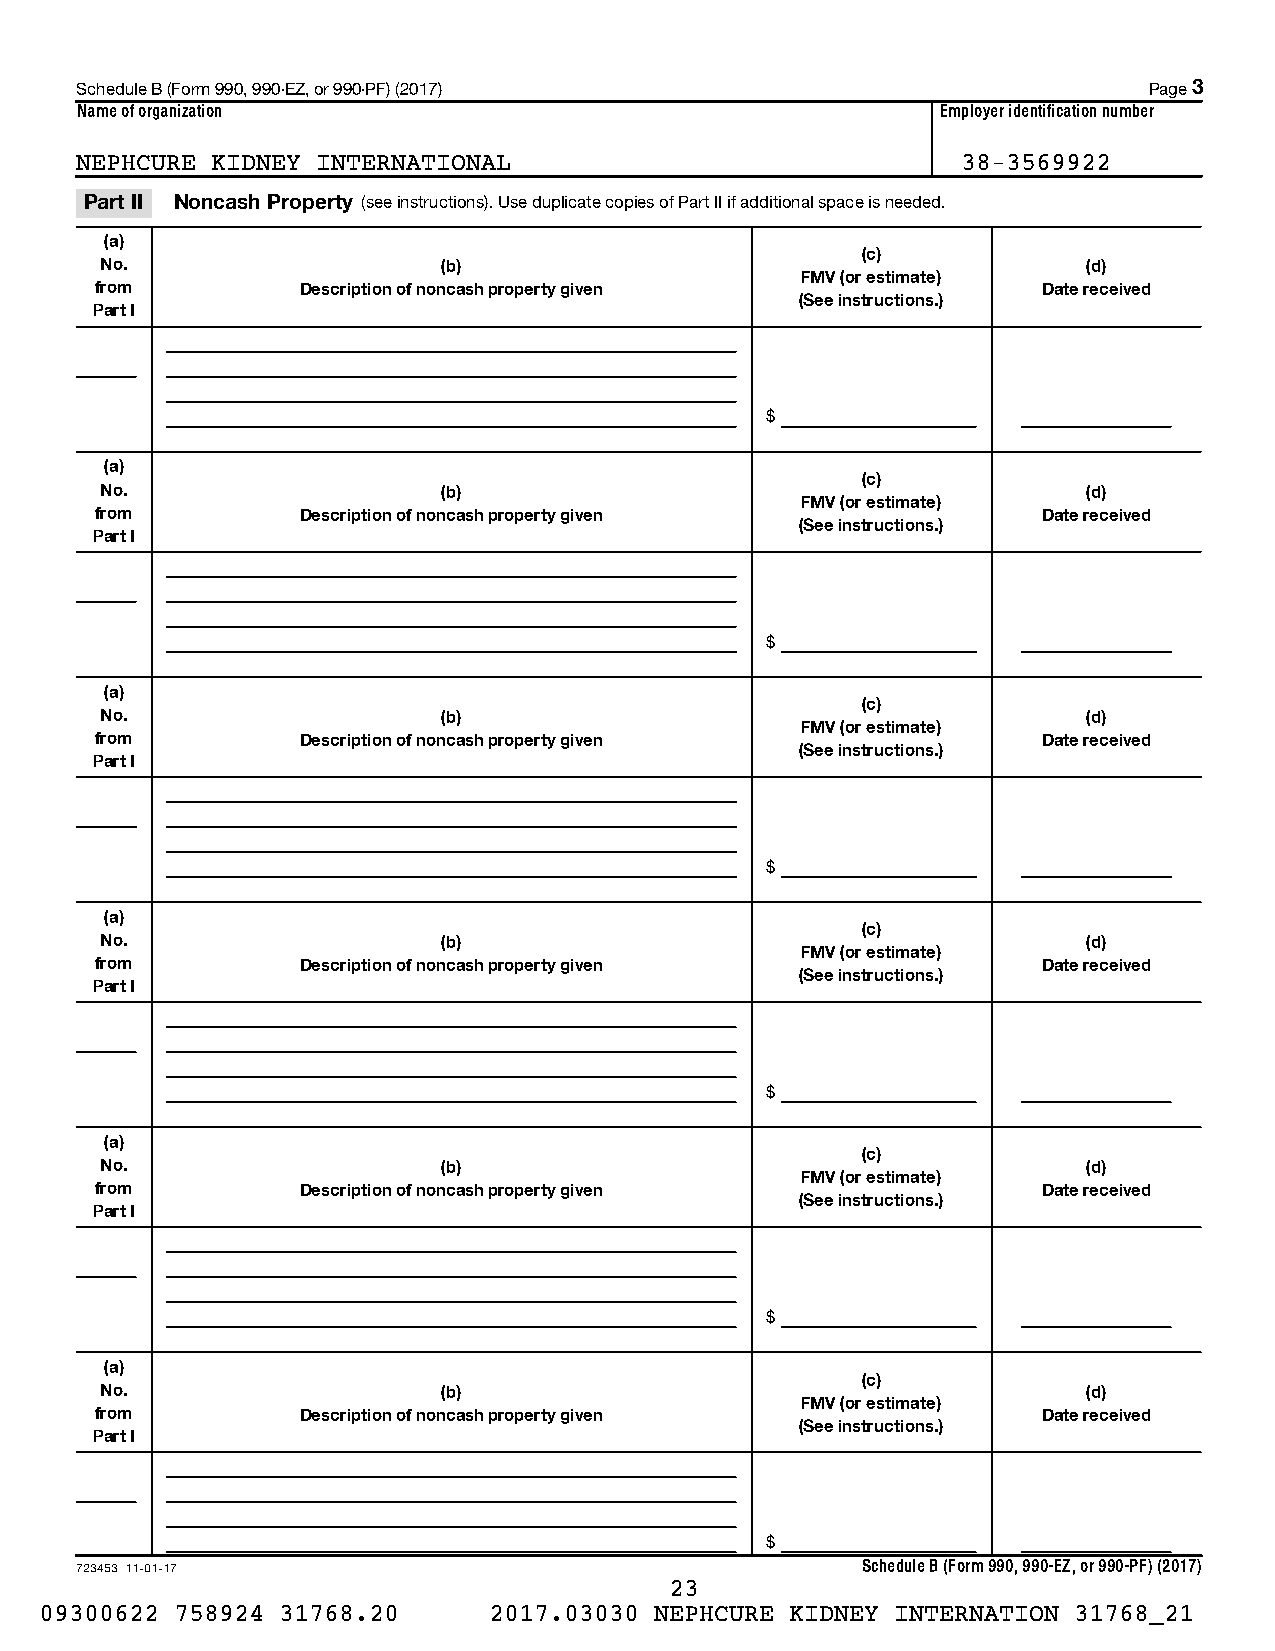
Schedule B (Form 990, 990-EZ, or 990-PF) (2017)                        Page 3
 Name of organization                                     Employer identification number
 NEPHCURE KIDNEY INTERNATIONAL                              38-3569922
 Part II Noncash Property (see instructions). Use duplicate copies of Part II if additional space is needed.
 (a)
 (c)
 No.                   (b)                                        (d)
 FMV (or estimate)
 from          Description of noncash property given            Date received
 (See instructions.)
 Part I
 $
 (a)
 (c)
 No.                   (b)                                        (d)
 FMV (or estimate)
 from          Description of noncash property given            Date received
 (See instructions.)
 Part I
 $
 (a)
 (c)
 No.                   (b)                                        (d)
 FMV (or estimate)
 from          Description of noncash property given            Date received
 (See instructions.)
 Part I
 $
 (a)
 (c)
 No.                   (b)                                        (d)
 FMV (or estimate)
 from          Description of noncash property given            Date received
 (See instructions.)
 Part I
 $
 (a)
 (c)
 No.                   (b)                                        (d)
 FMV (or estimate)
 from          Description of noncash property given            Date received
 (See instructions.)
 Part I
 $
 (a)
 (c)
 No.                   (b)                                        (d)
 FMV (or estimate)
 from          Description of noncash property given            Date received
 (See instructions.)
 Part I
 $
 723453 11-01-17                                     Schedule B (Form 990, 990-EZ, or 990-PF) (2017)
 23
 09300622 758924 31768.20     2017.03030 NEPHCURE KIDNEY INTERNATION 31768_21